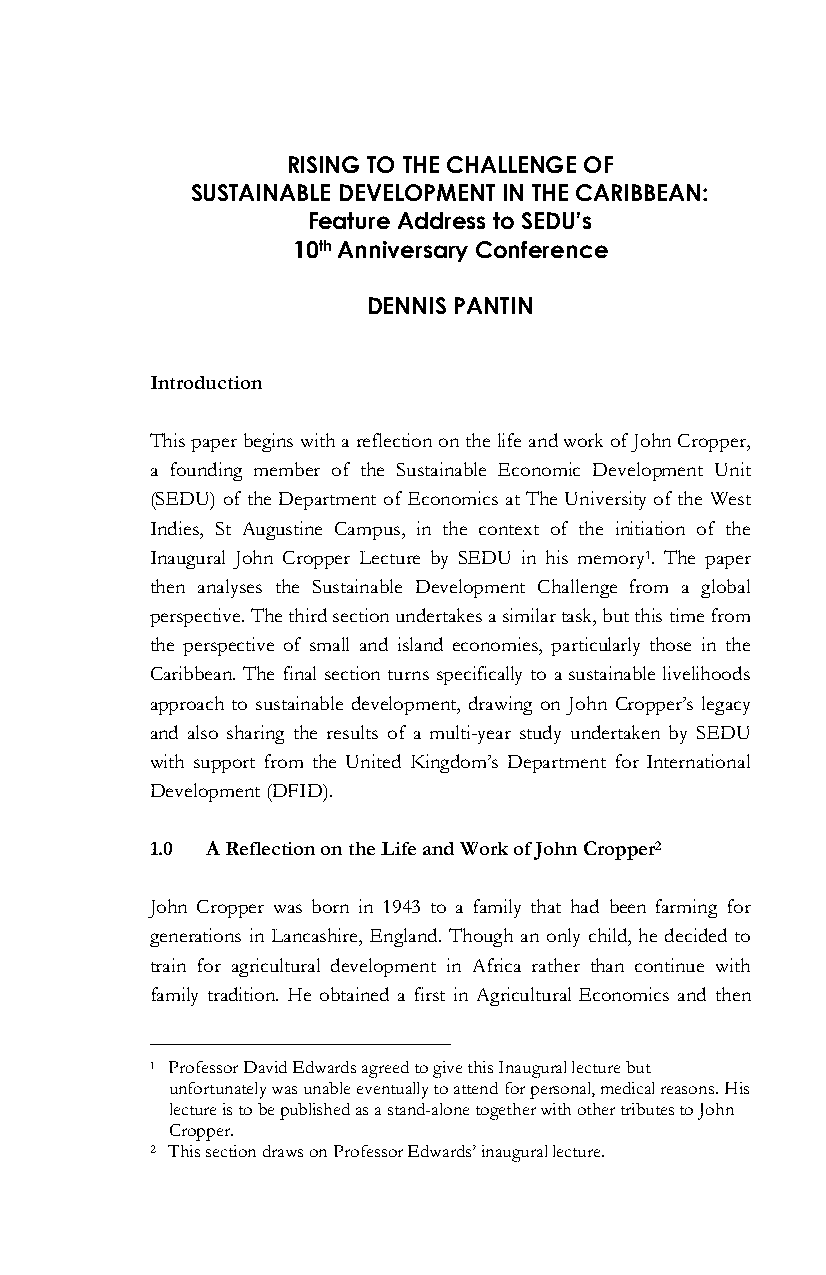
RISING TO THE CHALLENGE OF
 SUSTAINABLE DEVELOPMENT IN THE CARIBBEAN:
 Feature Address to SEDU’s
 10th Anniversary Conference
 DENNIS PANTIN
 Introduction
 This paper begins with a reflection on the life and work of John Cropper,
 a founding member of the Sustainable Economic Development Unit
 (SEDU) of the Department of Economics at The University of the West
 Indies, St Augustine Campus, in the context of the initiation of the
 Inaugural John Cropper Lecture by SEDU in his memory1. The paper
 then analyses the Sustainable Development Challenge from a global
 perspective. The third section undertakes a similar task, but this time from
 the perspective of small and island economies, particularly those in the
 Caribbean. The final section turns specifically to a sustainable livelihoods
 approach to sustainable development, drawing on John Cropper’s legacy
 and also sharing the results of a multi-year study undertaken by SEDU
 with support from the United Kingdom’s Department for International
 Development (DFID).
 1.0 A Reflection on the Life and Work of John Cropper2
 John Cropper was born in 1943 to a family that had been farming for
 generations in Lancashire, England. Though an only child, he decided to
 train for agricultural development in Africa rather than continue with
 family tradition. He obtained a first in Agricultural Economics and then
 1 Professor David Edwards agreed to give this Inaugural lecture but
 unfortunately was unable eventually to attend for personal, medical reasons. His
 lecture is to be published as a stand-alone together with other tributes to John
 Cropper.
 2 This section draws on Professor Edwards’ inaugural lecture.